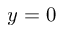
y = 0